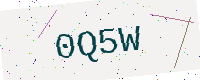
Text: 0Q5W